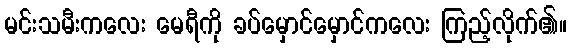
မင်းသမီးကလေး မေရီကို ခပ်မှောင်မှောင်ကလေး ကြည့်လိုက်၏။